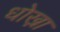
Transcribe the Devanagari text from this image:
धोख़ा